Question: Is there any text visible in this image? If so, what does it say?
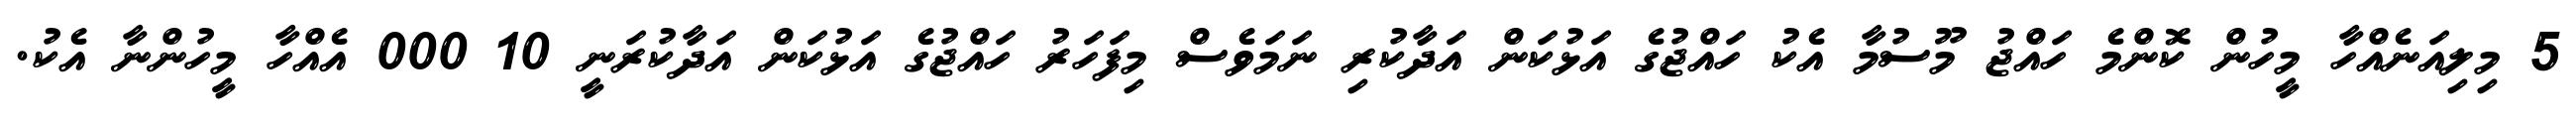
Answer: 5 މިލިއަނެއްހާ މީހުން ކޮންމެ ހައްޖު މޫސުމާ އެކު ހައްޖުގެ އަޅުކަން އަދާކުރި ނަމަވެސް މިފަހަރު ހައްޖުގެ އަޅުކަން އަދާކުރަނީ 10 000 އެއްހާ މީހުންނާ އެކު.